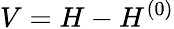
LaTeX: V=H-H^{(0)}